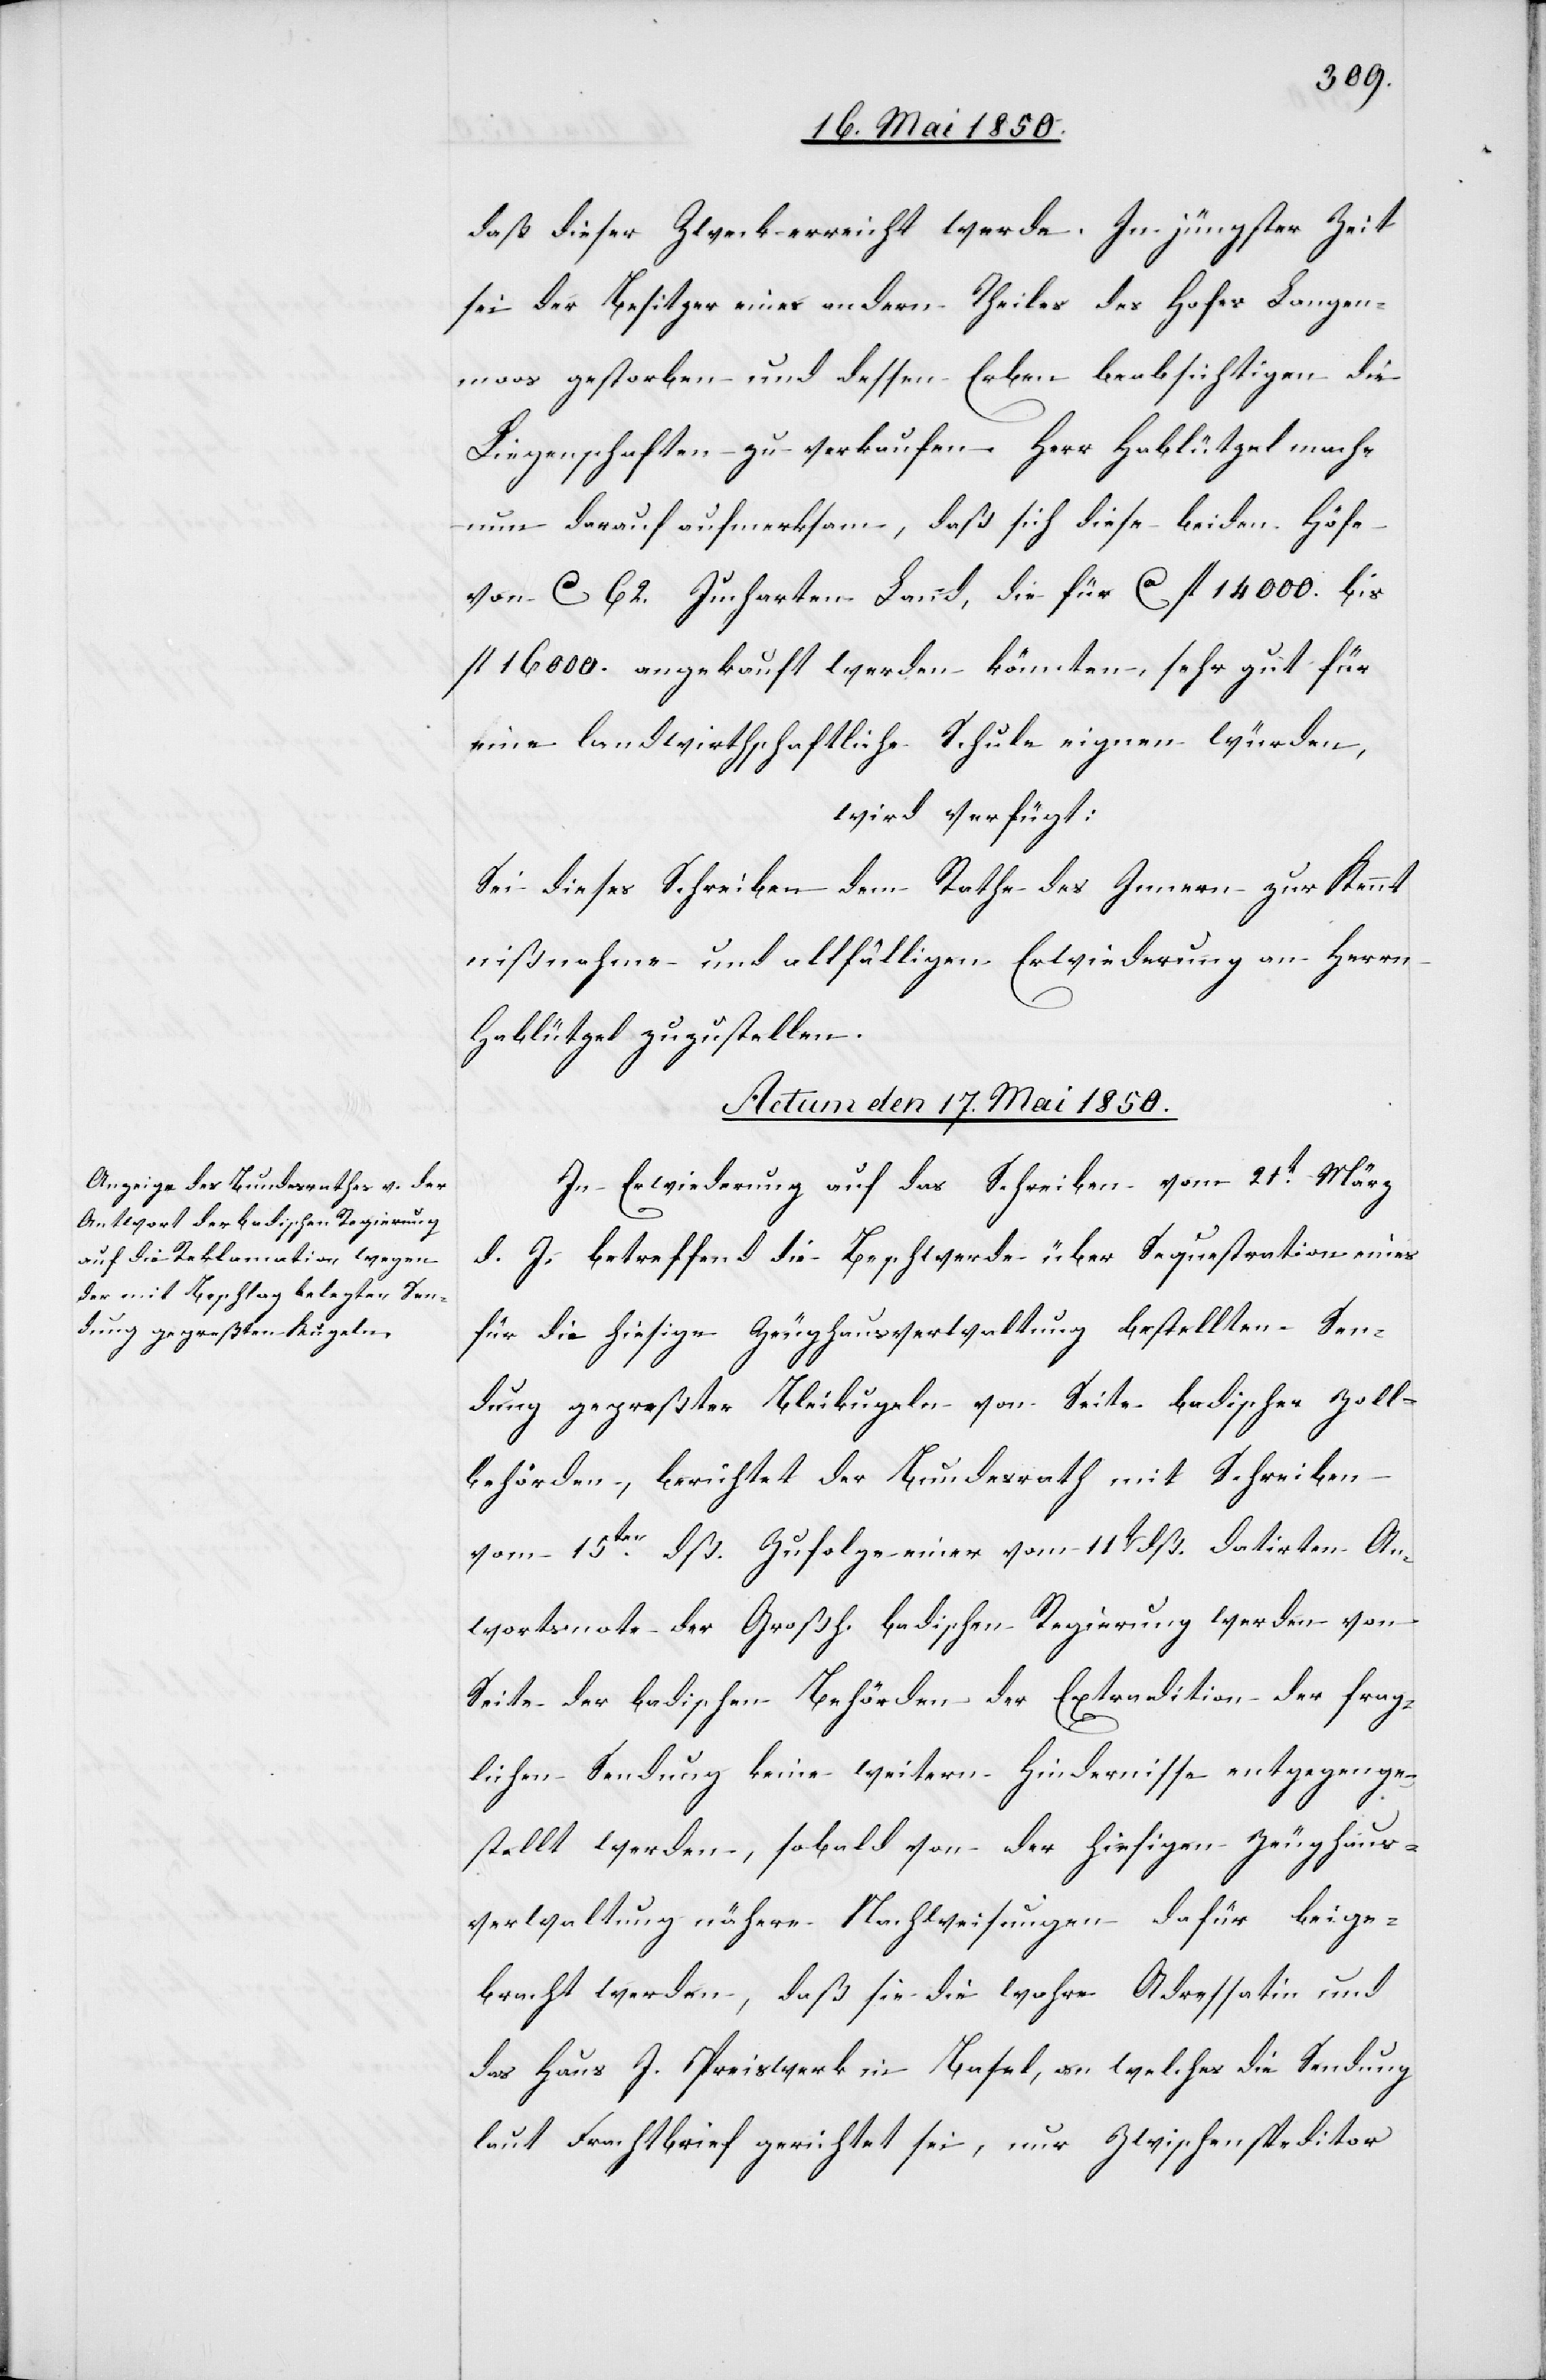
daß dieser Zweck erreicht werde. In jüngster Zeit
sei der Besitzer eines andern Theiles des Hofes Langen¬
moos gestorben und dessen Erben beabsichtigen die
Liegenschaften zu verkaufen. Herr Hablützel mache
nun darauf aufmerksam, daß sich diese beiden Höfe
von Ca 62. Jucharten Land, die für Ca fl 14000. bis
fl 16000. angekauft werden könnten, sehr gut für
eine landwirthschaftliche Schule eignen würden,
wird verfügt:
Sei dieses Schreiben dem Rathe des Innern zur Kennt¬
nißnahme und allfälligen Erwiederung an Herrn
Hablützel zuzustellen.
Actum den 17. Mai 1850.
In Erwiederung auf das Schreiben vom 21t März
d. J. betreffend die Beschwerde über Sequestration eines
für die hiesige Zeughausverwaltung bestellten Sen¬
dung gepreßter Bleikugeln von Seite badischer Zoll¬
behörden, berichtet der Bundesrath mit Schreiben
vom 15ten dß. Zufolge einer vom 11t dß. datirten A¬
n[t]wortsnote der Großh. badischen Regierung werden von
Seite der badischen Behörden der Extradition der frag¬
lichen Sendung keine weitern Hindernisse entgegenge¬
stellt werden, sobald von der hiesigen Zeughaus¬
verwaltung nähere Nachweisungen dafür beige¬
bracht werden, daß sie die wahre Adressatin und
das Haus J. Preiswerk in Basel, an welches die Sendung
laut Frachtbrief gerichtet sei, nur Zwischenspeditor